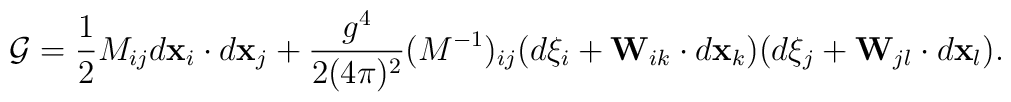
{\cal G}=\frac{1}{2}M_{ij}d{\bf x}_i\cdot d{\bf x}_j+\frac{g^4}{2(4\pi)^2} (M^{-1})_{ij}(d\xi_i+{\bf W}_{ik}\cdot d{\bf x}_k)(d\xi_j+{\bf W}_{jl}\cdot d{\bf x}_l) .